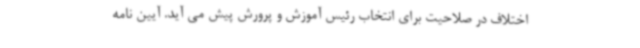
اختلاف در صلاحیت برای انتخاب رئیس آموزش و پرورش پیش می آید. آیین نامه